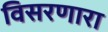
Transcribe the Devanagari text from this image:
विसरणारा